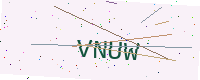
Text: VNUW